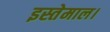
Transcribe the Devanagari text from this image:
इस्तेमाल।